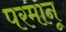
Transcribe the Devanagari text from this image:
परमानू